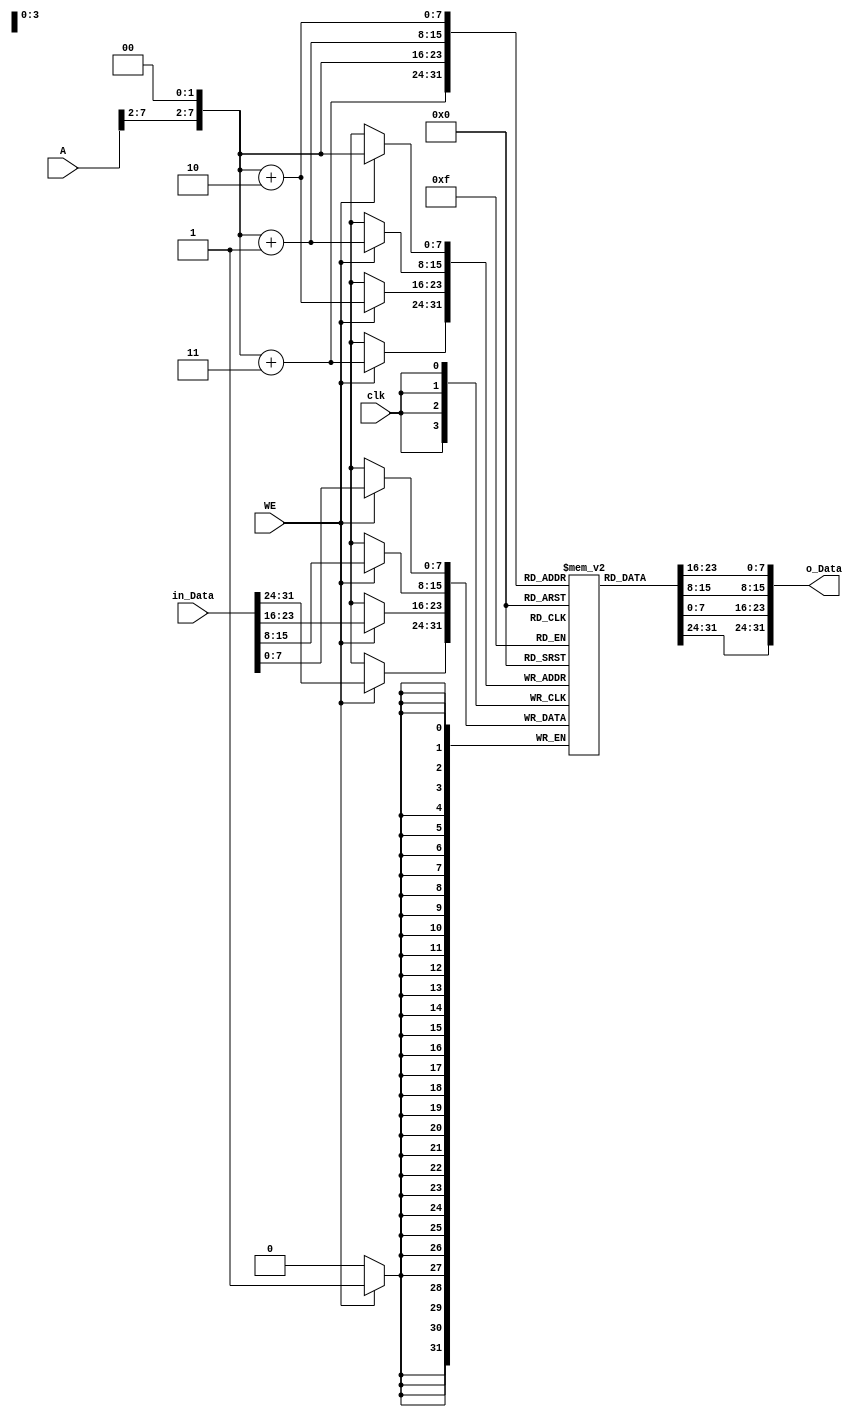

module Data_Memory #(parameter WIDTH = 32) (
    input [WIDTH-1:0] in_Data,
    input [WIDTH-1:0] A,
    input clk,WE,
    output [WIDTH-1:0] o_Data
);
    reg [7:0] Data_Mem [0:255];
    wire [WIDTH-1:0]ad;
  
  assign ad = {A[WIDTH-1:2],2'b00};
  assign o_Data = {Data_Mem[ad+3],Data_Mem[ad+2],Data_Mem[ad+1],Data_Mem[ad]};
   always @(posedge clk) begin
        if (WE) begin
            {Data_Mem[ad +3],Data_Mem[ad+2],Data_Mem[ad+1],Data_Mem[ad]} <= in_Data;
        end
    end
    
    endmodule